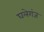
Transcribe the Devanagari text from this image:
घलेगंज